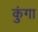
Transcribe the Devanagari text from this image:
कुंगा